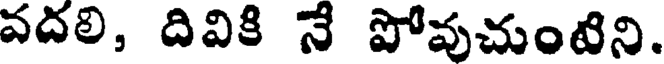
వదలి, దివికి నే పోవుచుంటిని.